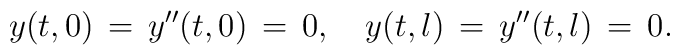
y(t,0)\,=\,y''(t,0)\,=\,0,\quad y(t,l)\,=\,y''(t,l)\,=\,0.